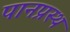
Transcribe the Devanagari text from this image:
पानप्रस्थ